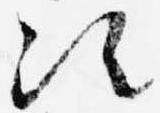
次